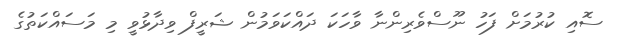
ސޮއި ކުރުމަށް ފަހު ނޫސްވެރިންނާ ވާހަަކަ ދައްކަވަމުން ޝަރީފް ވިދާޅުވީ މި މަސައްކަތުގެ